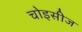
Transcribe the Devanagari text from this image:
चोइसीज